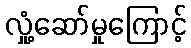
လှုံ့ဆော်မှုကြောင့်